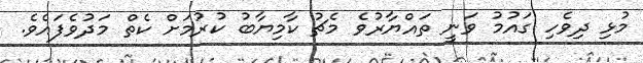
މުޅި ދިވެހި ގައުމު ވަނީ ތައްޔާރުވެ މެޗު ކާމިޔާބު ކުރުމަށް ކެތް މަދުވެފައެވެ.